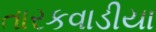
તારકવાડીયા